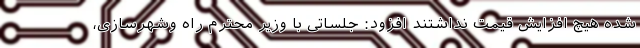
شده هیچ افزایش قیمت نداشتند افزود: جلساتی با وزیر محترم راه وشهرسازی،